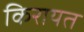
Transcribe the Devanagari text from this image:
किरायत